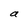
Character: a